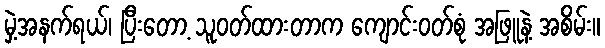
မှဲ့အနက်ရယ်၊ ပြီးတော့ သူဝတ်ထားတာက ကျောင်းဝတ်စုံ အဖြူနဲ့ အစိမ်း။